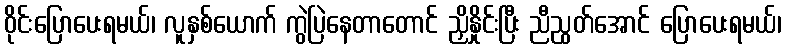
ဝိုင်းပြောပေးရမယ်၊ လူနှစ်ယောက် ကွဲပြဲနေတာတောင် ညှိနှိုင်းပြီး ညီညွတ်အောင် ပြောပေးရမယ်၊